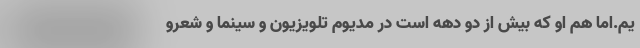
یم.اما هم او که بیش از دو دهه است در مدیوم تلویزیون و سینما و شعرو